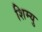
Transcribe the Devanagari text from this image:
शिम्यु